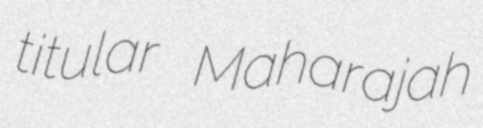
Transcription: titular Maharajah